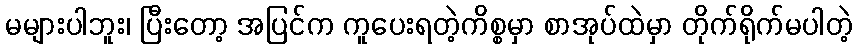
မများပါဘူး၊ ပြီးတော့ အပြင်က ကူပေးရတဲ့ကိစ္စမှာ စာအုပ်ထဲမှာ တိုက်ရိုက်မပါတဲ့